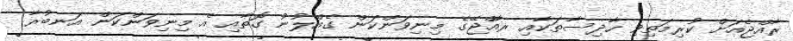
ރާއްޖެއަށް ކުރިމަތިވި ހާދިސާތަކާއި ރާއްޖޭގެ މިނިވަންކަން ގެއްލުނު ގޮތާއި އެ މިނިވަންކަން އަނބުރާ